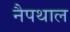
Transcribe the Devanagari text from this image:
नैपथाल